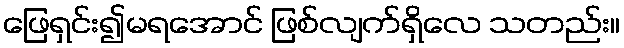
ဖြေရှင်း၍မရအောင် ဖြစ်လျက်ရှိလေ သတည်း။